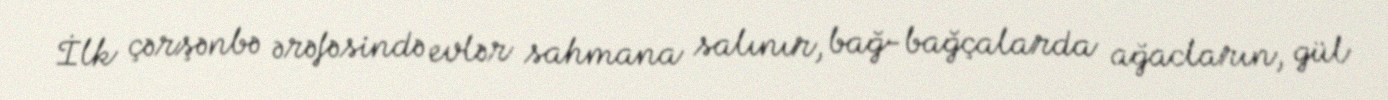
İlk çərşənbə ərəfəsində evlər sahmana salınır, bağ-bağçalarda ağacların, gül